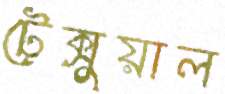
টেক্সুয়াল